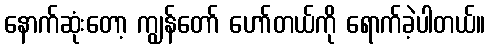
နောက်ဆုံးတော့ ကျွန်တော် ဟော်တယ်ကို ရောက်ခဲ့ပါတယ်။